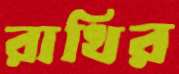
রাখির